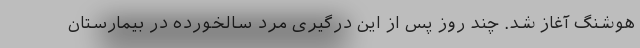
هوشنگ آغاز شد. چند روز پس از این درگیری مرد سالخورده در بیمارستان